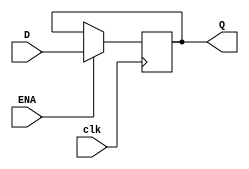
module dffa (D,clk,ENA,Q);
	// function: holds value when clk is rising and ena is active; 
//parameters
  parameter DATA_WIDTH = 4;// size of each input data

  input wire [DATA_WIDTH-1:0] D; //input to FF
  input wire clk; //clock singnal
  input wire ENA; // enable for flipflop
  output wire [DATA_WIDTH-1:0] Q; //output

  reg [DATA_WIDTH-1:0]dreg; //internal register

  initial
	dreg<=0;  //inital value of 0
  assign Q = dreg;

  always@(posedge clk) begin  //at clock positive edge
		if (ENA)
			dreg<=D;
	end
	endmodule